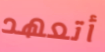
أتعهد